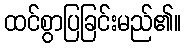
ထင်စွာပြခြင်းမည်၏။